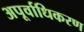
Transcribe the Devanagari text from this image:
अपूर्वाधिकरण